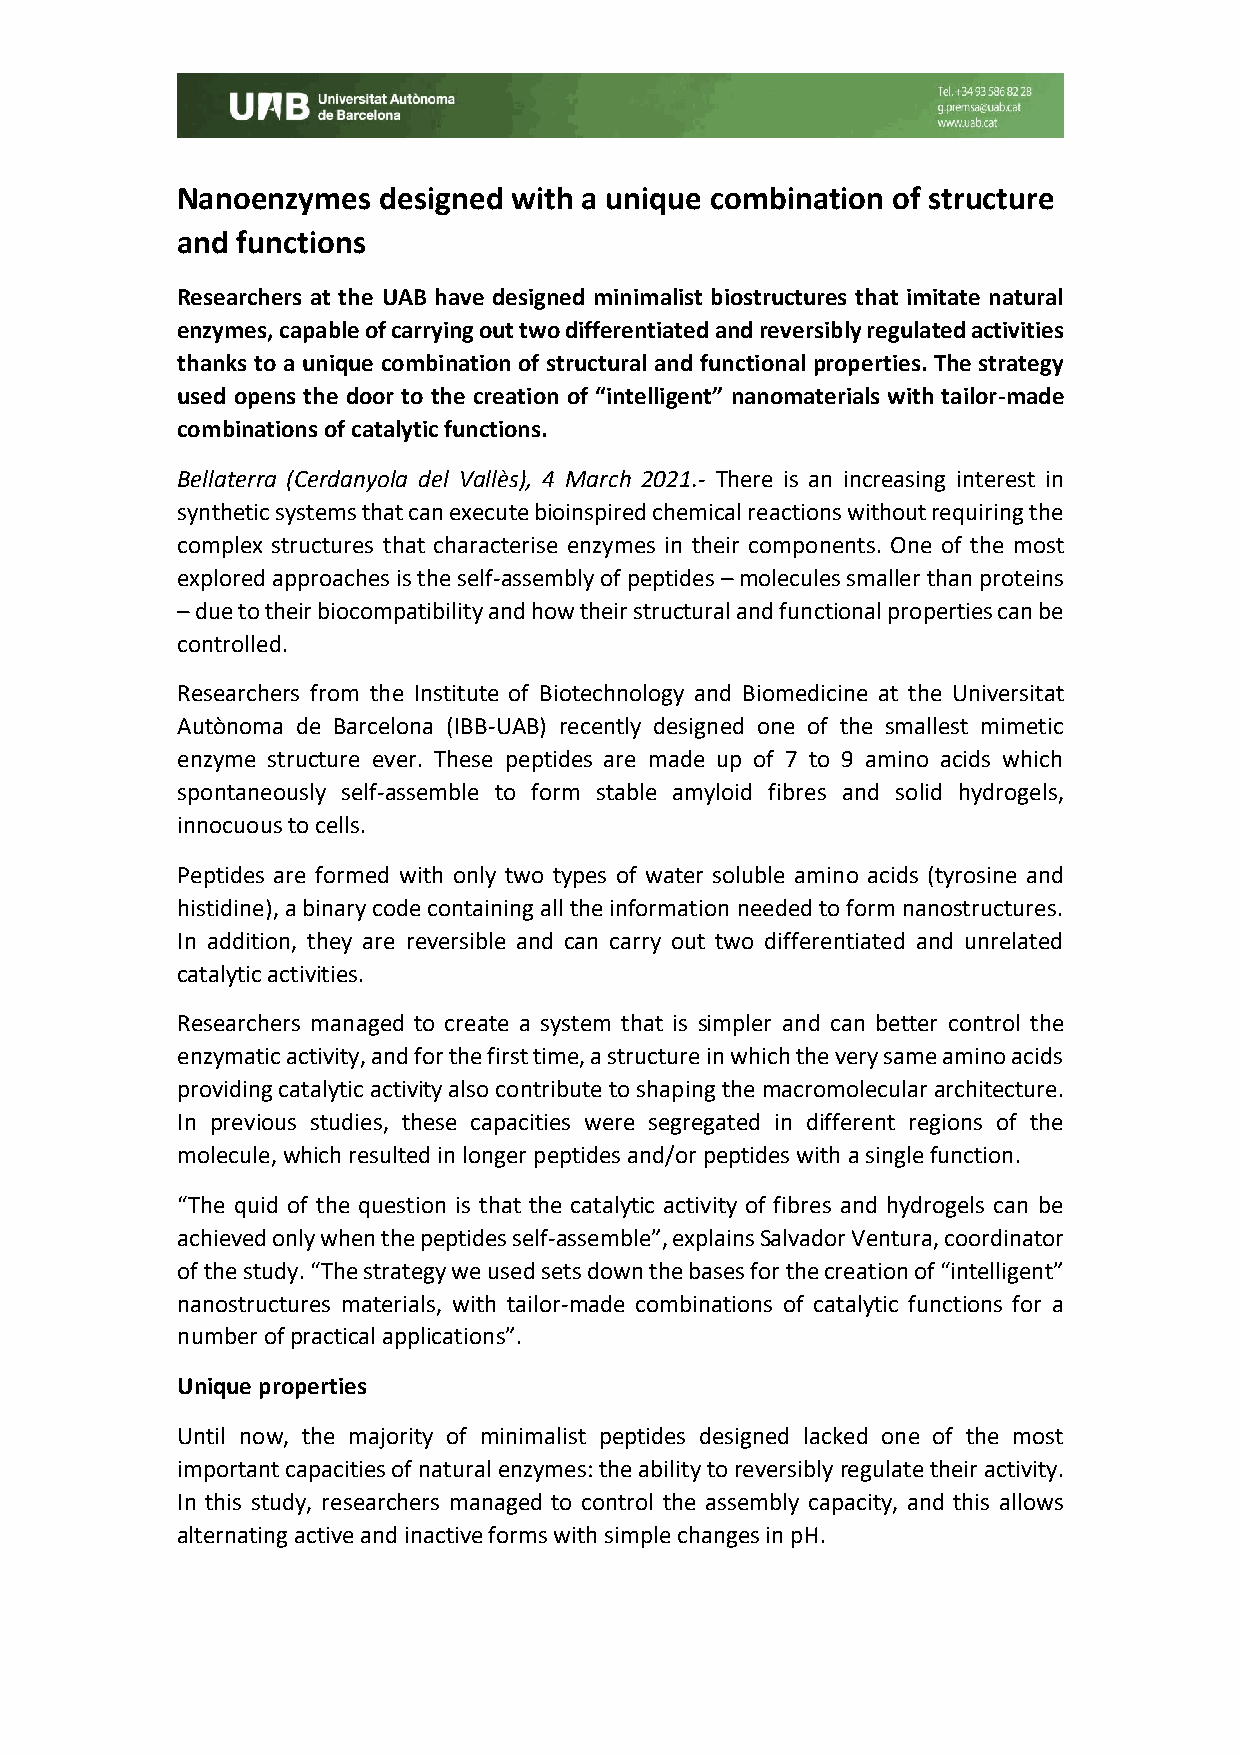
Nanoenzymes  designed with a unique combination of structure
 and functions
 Researchers at the UAB have designed minimalist biostructures that imitate natural
 enzymes, capable of carrying out two differentiated and reversibly regulated activities
 thanks to a unique combination of structural and functional properties. The strategy
 used opens the door to the creation of “intelligent” nanomaterials with tailor-made
 combinations of catalytic functions.
 Bellaterra (Cerdanyola del Vallès), 4 March 2021.- There is an increasing interest in
 synthetic systems that can execute bioinspired chemical reactions without requiring the
 complex structures that characterise enzymes in their components. One of the most
 explored approaches is the self-assembly of peptides – molecules smaller than proteins
 – due to their biocompatibility and how their structural and functional properties can be
 controlled.
 Researchers from the Institute of Biotechnology and Biomedicine at the Universitat
 Autònoma de Barcelona (IBB-UAB) recently designed one of the smallest mimetic
 enzyme structure ever. These peptides are made up of 7 to 9 amino acids which
 spontaneously self-assemble to form stable amyloid fibres and solid hydrogels,
 innocuous to cells.
 Peptides are formed with only two types of water soluble amino acids (tyrosine and
 histidine), a binary code containing all the information needed to form nanostructures.
 In addition, they are reversible and can carry out two differentiated and unrelated
 catalytic activities.
 Researchers managed to create a system that is simpler and can better control the
 enzymatic activity, and for the first time, a structure in which the very same amino acids
 providing catalytic activity also contribute to shaping the macromolecular architecture.
 In previous studies, these capacities were segregated in different regions of the
 molecule, which resulted in longer peptides and/or peptides with a single function.
 “The quid of the question is that the catalytic activity of fibres and hydrogels can be
 achieved only when the peptides self-assemble”, explains Salvador Ventura, coordinator
 of the study. “The strategy we used sets down the bases for the creation of “intelligent”
 nanostructures materials, with tailor-made combinations of catalytic functions for a
 number of practical applications”.
 Unique properties
 Until now, the majority of minimalist peptides designed lacked one of the most
 important capacities of natural enzymes: the ability to reversibly regulate their activity.
 In this study, researchers managed to control the assembly capacity, and this allows
 alternating active and inactive forms with simple changes in pH.